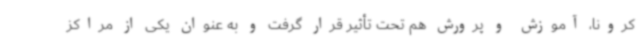
کرونا، آموزش و پرورش هم تحت تأثیر قرار گرفت و به عنوان یکی از مراکز